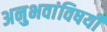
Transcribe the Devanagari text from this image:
अनुभवांविषयी